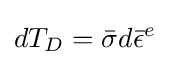
dT_{D}={\bar {\sigma }}d{\bar {\epsilon }}^{e}